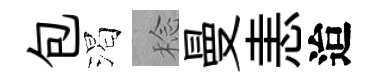
包渴稔曼恚迨